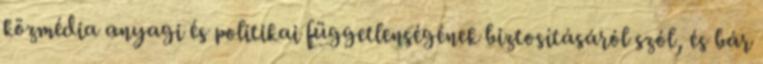
közmédia anyagi és politikai függetlenségének biztosításáról szól, és bár